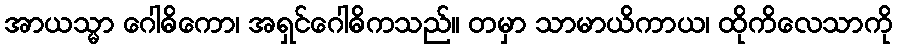
အာယသ္မာ ဂေါဓိကော၊ အရှင်ဂေါဓိကသည်။ တမှာ သာမာယိကာယ၊ ထိုကိလေသာကို